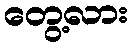
တွေ့လား